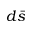
d \bar { s }